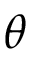
\theta